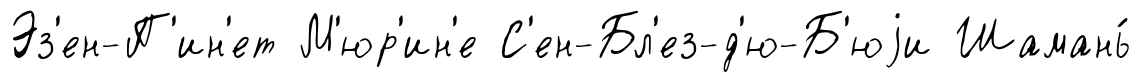
Эз'ен-П'ин'ет М'юр'ин'е С'ен-Бл'ез-д'ю-Б'юjи Шамань́